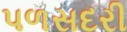
પળસદરી